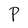
Character: P